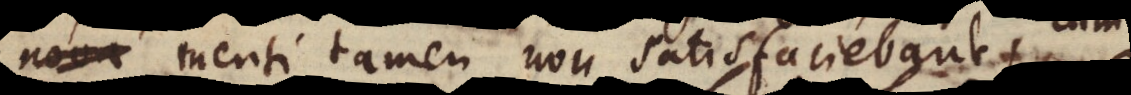
menti tamen non satisfaciebant,